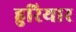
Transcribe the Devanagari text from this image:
हुरियार